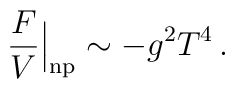
\frac{F}{V} \Big|_{\rm np} \sim - g^2 T^4 \,.